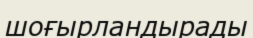
шоғырландырады